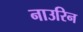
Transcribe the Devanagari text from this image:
नाउरिन